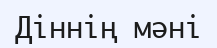
Діннің мәні